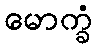
မောက္ခံ